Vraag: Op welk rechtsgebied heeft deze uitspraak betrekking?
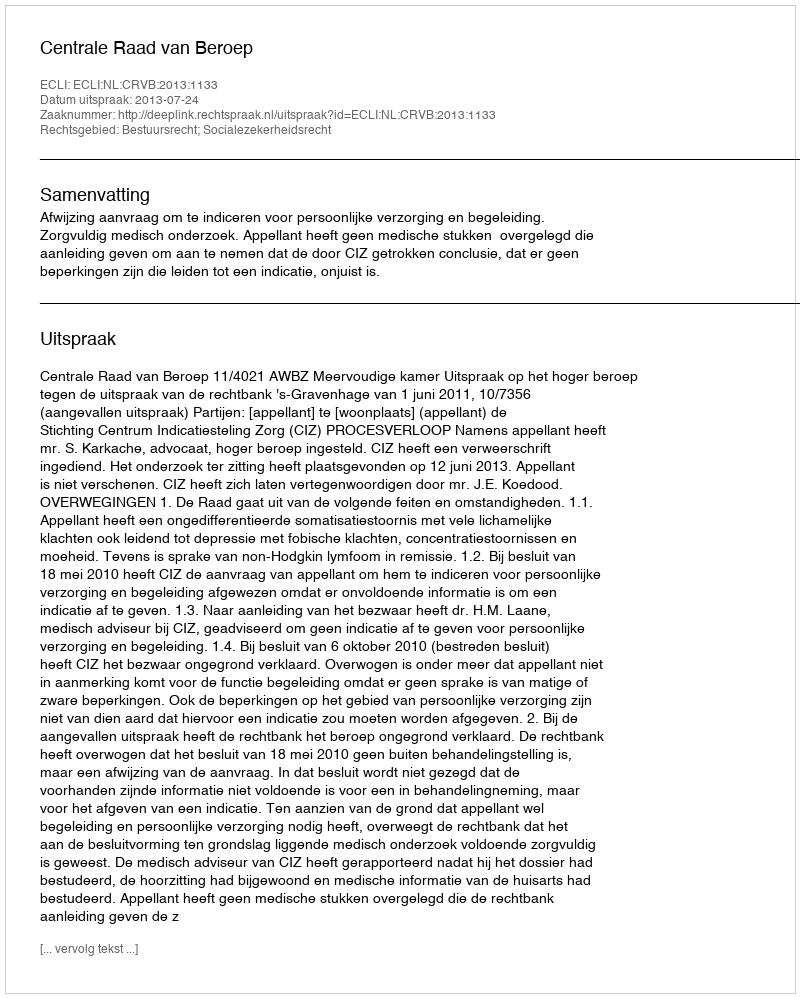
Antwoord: Bestuursrecht; Socialezekerheidsrecht